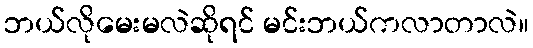
ဘယ်လိုမေးမလဲဆိုရင် မင်းဘယ်ကလာတာလဲ။